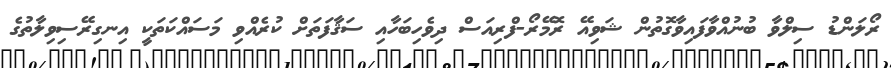
ރޯލަންޑު ސިލްވާ ބުނުއްވާފައިވާގޮތުން ޝަވިއޭ ރޮމޭރޯ-ފްރިއަސް ދިވެހިބަހާއި ސަޤާފަތަށް ކުރެއްވި މަސައްކަތަކީ އިނގިރޭސިވިލާތުގެ